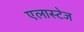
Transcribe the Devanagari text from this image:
एलास्टेज